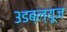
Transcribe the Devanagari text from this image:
३डब्ल्यूज